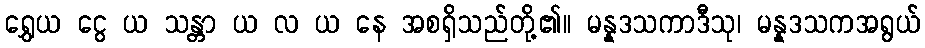
ရွှေယ ငွေ ယ သန္တာ ယ လ ယ နေ အစရှိသည်တို့၏။ မန္နဒသကာဒီသု၊ မန္နဒသကအရွယ်